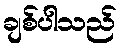
ချစ်ပါသည်